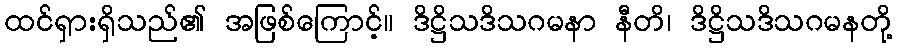
ထင်ရှားရှိသည်၏ အဖြစ်ကြောင့်။ ဒိဋ္ဌိသဒိသဂမနာ နီတိ၊ ဒိဋ္ဌိသဒိသဂမနတို့